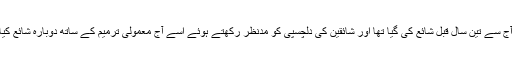
یہ مضمون آج سے تین سال قبل شائع کی گیا تھا اور شائقین کی دلچسپی کو مدنظر رکھتے ہوئے اسے آج معمولی ترمیم کے ساتھ دوبارہ شائع کیا جا رہا ہے۔